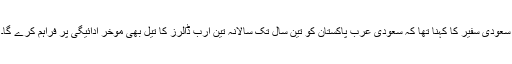
سعودی سفیر کا کہنا تھا کہ سعودی عرب پاکستان کو تین سال تک سالانہ تین ارب ڈالرز کا تیل بھی موخر ادائیگی پر فراہم کرے گا۔